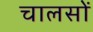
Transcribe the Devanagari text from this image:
चालसों